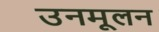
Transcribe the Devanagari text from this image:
उनमूलन